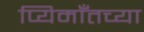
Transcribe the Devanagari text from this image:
प्यिमाँतच्या